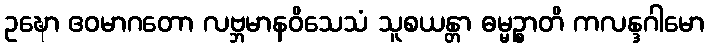
ဥဍ္ဎော ဧဝမာဂတော လဗ္ဘမာနဝိသေသံ သူစယန္တာ ဓမ္မဉ္စာတိ ကလန္ဒဂါမော